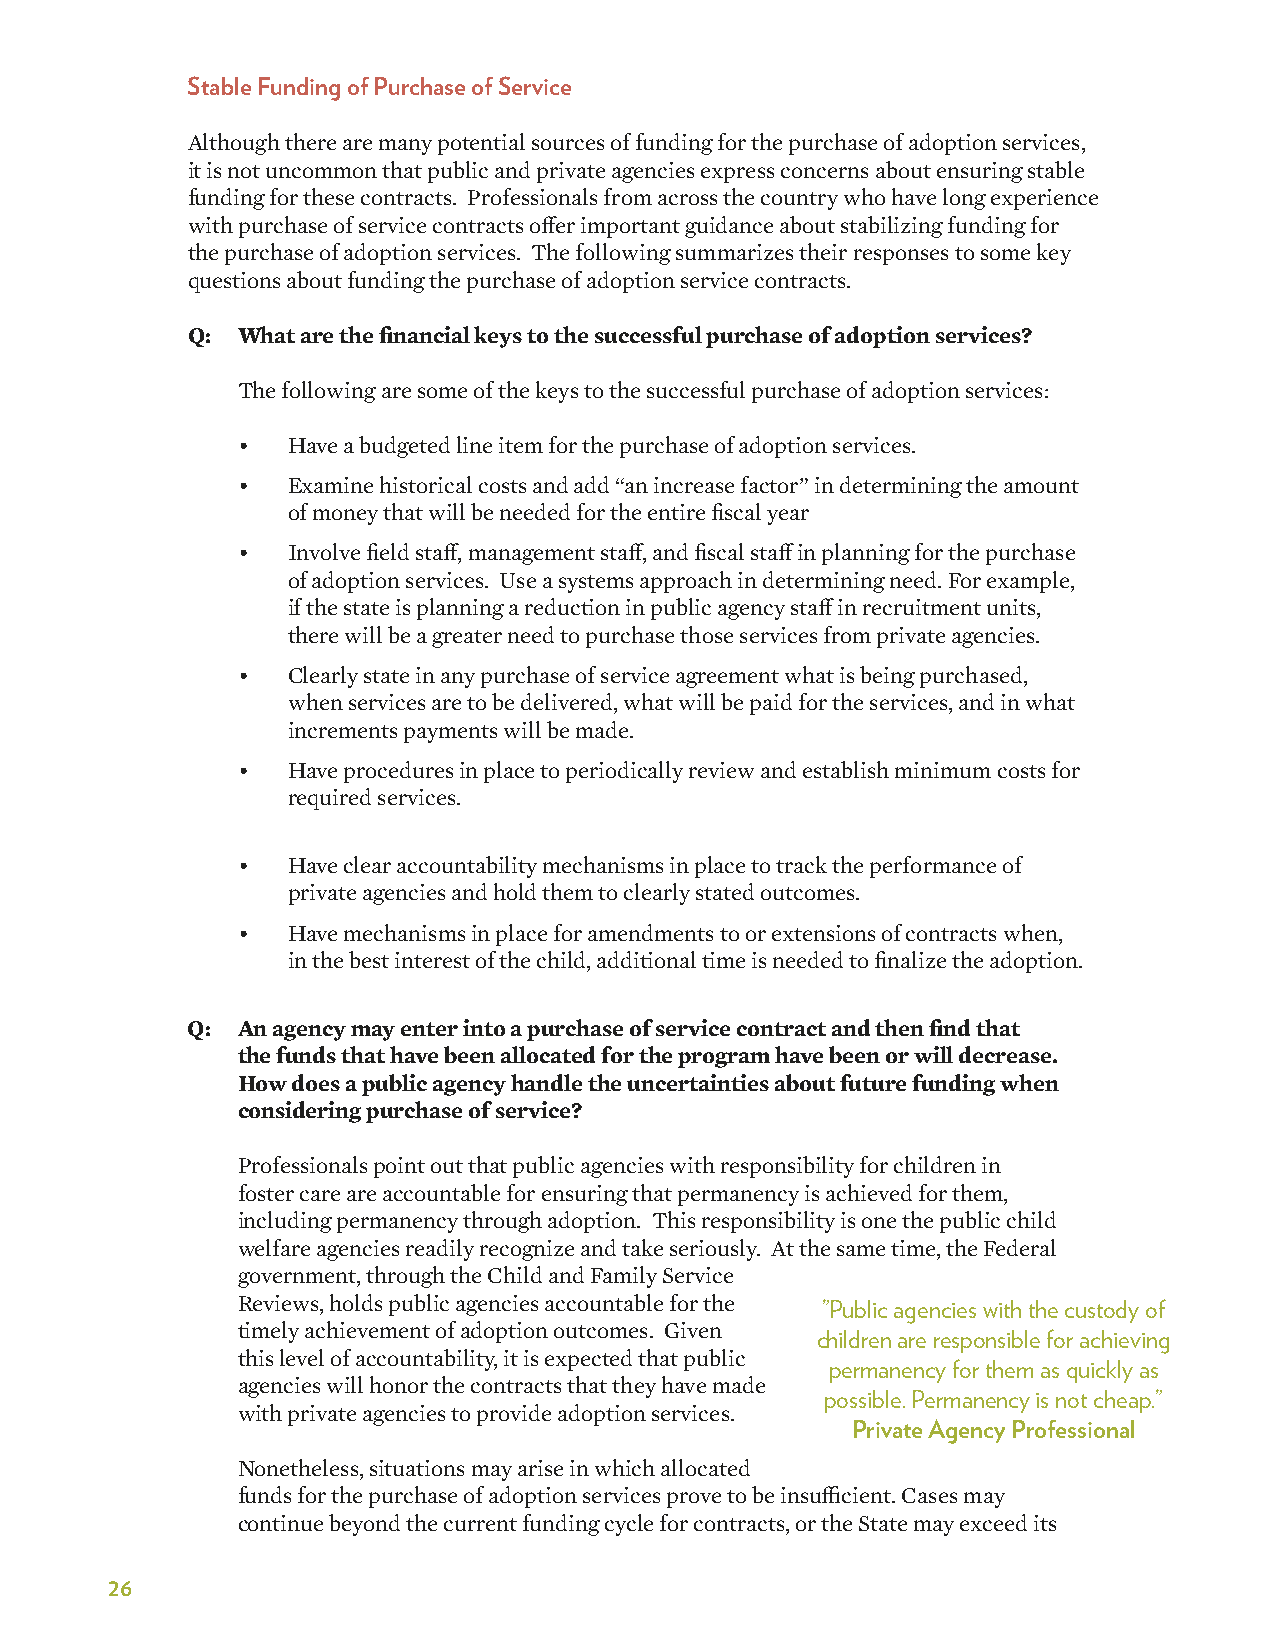
Stable Funding of Purchase of Service
 Although there are many potential sources of funding for the purchase of adoption services,
 it is not uncommon that public and private agencies express concerns about ensuring stable
 funding for these contracts. Professionals from across the country who have long experience
 with purchase of service contracts offer important guidance about stabilizing funding for
 the purchase of adoption services. The following summarizes their responses to some key
 questions about funding the purchase of adoption service contracts.
 Q:  What are the financial keys to the successful purchase of adoption services?
 The following are some of the keys to the successful purchase of adoption services:
 •  Have a budgeted line item for the purchase of adoption services.
 •  Examine historical costs and add “an increase factor” in determining the amount
 of money that will be needed for the entire fiscal year
 •  Involve field staff, management staff, and fiscal staff in planning for the purchase
 of adoption services. Use a systems approach in determining need. For example,
 if the state is planning a reduction in public agency staff in recruitment units,
 there will be a greater need to purchase those services from private agencies.
 •  Clearly state in any purchase of service agreement what is being purchased,
 when services are to be delivered, what will be paid for the services, and in what
 increments payments will be made.
 •  Have procedures in place to periodically review and establish minimum costs for
 required services.
 •  Have clear accountability mechanisms in place to track the performance of
 private agencies and hold them to clearly stated outcomes.
 •  Have mechanisms in place for amendments to or extensions of contracts when,
 in the best interest of the child, additional time is needed to finalize the adoption.
 Q:  An agency may enter into a purchase of service contract and then find that
 the funds that have been allocated for the program have been or will decrease.
 How does a public agency handle the uncertainties about future funding when
 considering purchase of service?
 Professionals point out that public agencies with responsibility for children in
 foster care are accountable for ensuring that permanency is achieved for them,
 including permanency through adoption. This responsibility is one the public child
 welfare agencies readily recognize and take seriously. At the same time, the Federal
 government, through the Child and Family Service
 Reviews, holds public agencies accountable for the ”Public agencies with the custody of
 timely achievement of adoption outcomes. Given
 children are responsible for achieving
 this level of accountability, it is expected that public
 permanency for them as quickly as
 agencies will honor the contracts that they have made
 possible� Permanency is not cheap�”
 with private agencies to provide adoption services.
 Private Agency Professional
 Nonetheless, situations may arise in which allocated
 funds for the purchase of adoption services prove to be insufficient. Cases may
 continue beyond the current funding cycle for contracts, or the State may exceed its
 26